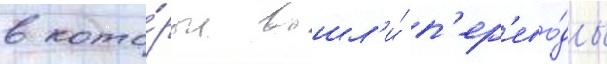
в кото́рые вошл'и́ п'ер'ево́ды